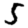
Digit: 5